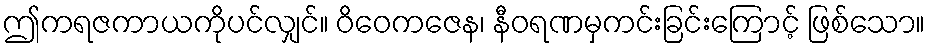
ဤကရဇကာယကိုပင်လျှင်။ ဝိဝေကဇေန၊ နီဝရဏမှကင်းခြင်းကြောင့် ဖြစ်သော။